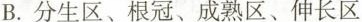
B. 分生区、根冠、成熟区、伸长区